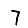
Digit: 7